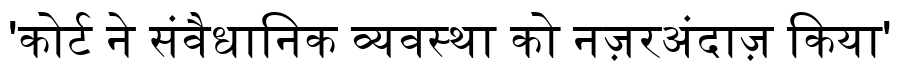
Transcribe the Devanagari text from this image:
'कोर्ट ने संवैधानिक व्यवस्था को नज़रअंदाज़ किया'